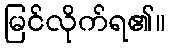
မြင်လိုက်ရ၏။